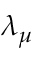
\lambda _ { \mu }